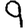
Digit: 9